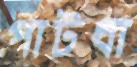
পাটধা